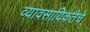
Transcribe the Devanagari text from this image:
व्यावसायिकतेचे